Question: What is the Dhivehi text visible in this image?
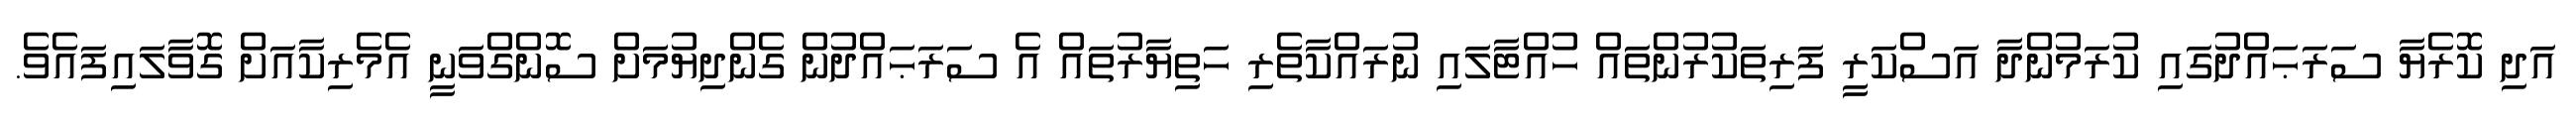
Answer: އަދި ކޮރެޔާ ސަރަޙައްދުގައި ކުރަމުންދާ އަސްކަރީ ފަރިތަކުރުންތައް ހުއްޓާލައި ނުރައްކާތެރި ހަތިޔާރުތައް އެ ސަރަޙައްދުން ގެންދިޔުމަށް ސޮންގްވަނީ އެމެރިކާއަށް ގޮވާލައިފައެވެ.